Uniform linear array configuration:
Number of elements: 16
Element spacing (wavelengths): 1
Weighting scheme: kaiser
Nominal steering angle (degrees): -60
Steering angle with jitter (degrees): -58.357
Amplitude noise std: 0.05
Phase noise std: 0.05

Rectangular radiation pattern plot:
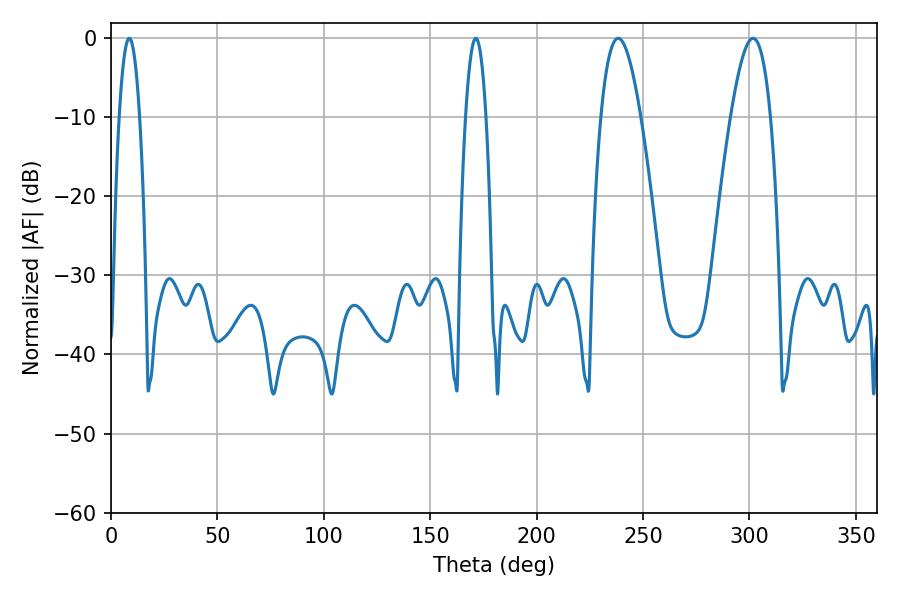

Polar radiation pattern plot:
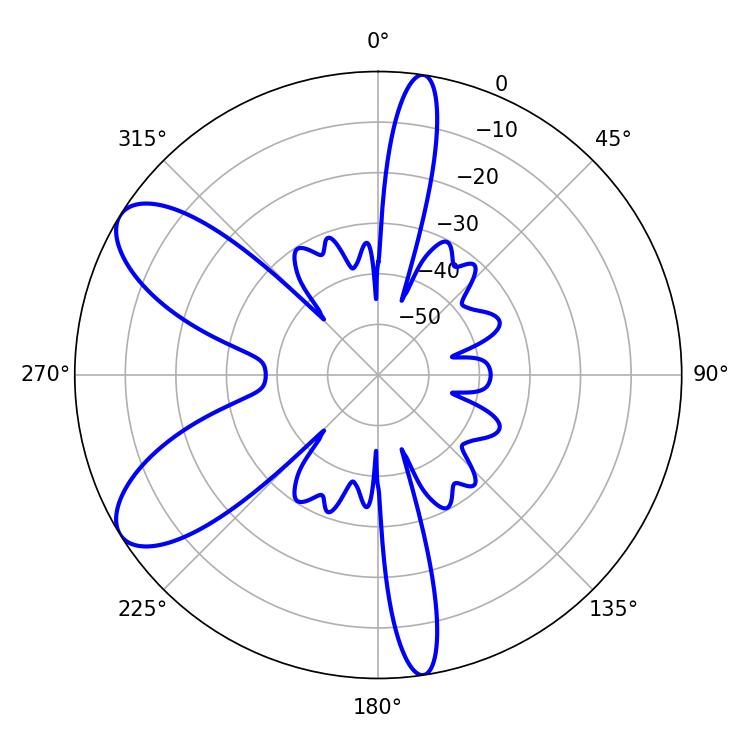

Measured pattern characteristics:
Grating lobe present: TRUE
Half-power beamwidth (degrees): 10.08
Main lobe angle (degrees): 238.32